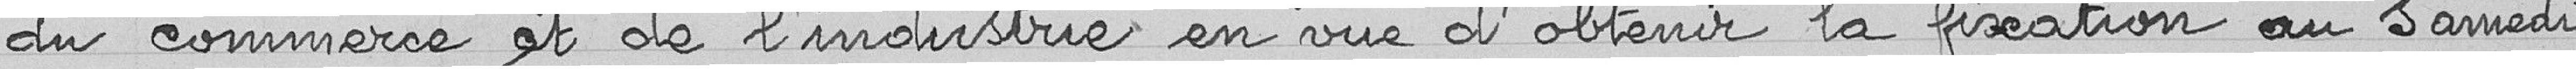
du commerce et de l’industrie en vue d’obtenir la fixation au samedi